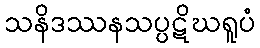
သနိဒဿနသပ္ပဋိဃရူပံ